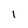
Character: I